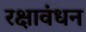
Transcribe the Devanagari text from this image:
रक्षावंधन